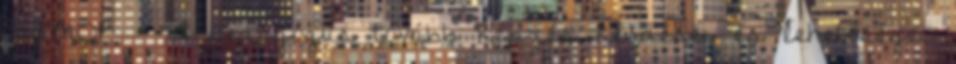
TÁMOP A pedagógus tovább képzés kérdései és lehetőségei